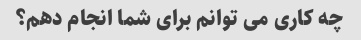
چه کاری می توانم برای شما انجام دهم؟